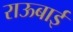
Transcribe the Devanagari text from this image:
राऊबाई